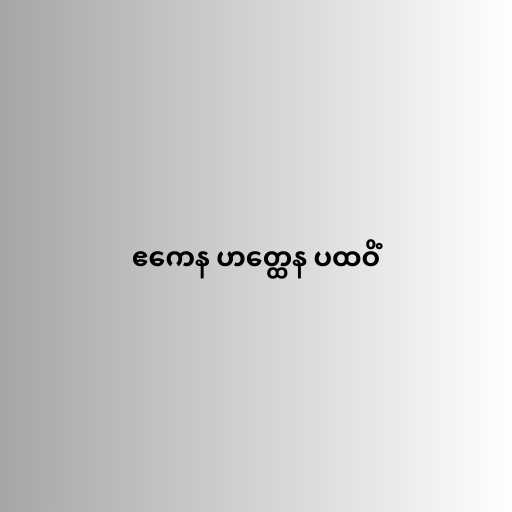
ဧကေန ဟတ္ထေန ပထဝိံ